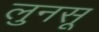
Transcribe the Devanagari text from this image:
लुनसू